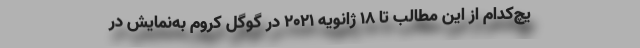
یچ‌کدام از این مطالب تا ۱۸ ژانویه‌ ۲۰۲۱ در گوگل کروم به‌نمایش در